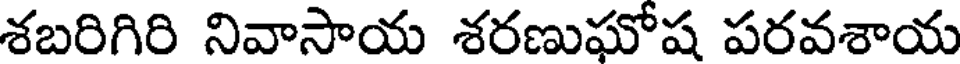
శబరిగిరి నివాసాయ శరణుఘోష పరవశాయ